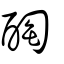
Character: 醄